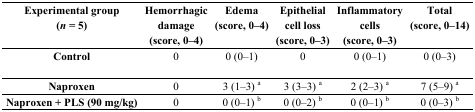
| Experimental group (n = 5) | Hemorrhagic damage (score, 0–4) | Edema (score, 0–4) | Epithelial cell loss (score, 0–3) | Inflammatory cells (score, 0–3) | Total (score, 0–14) |
 | --- | --- | --- | --- | --- | --- |
 | Control | 0 | 0 (0–1) | 0 | 0 (0–1) | 0 (0–3) |
 | Naproxen | 0 | 3 (1–3) a | 3 (3–3) a | 2 (2–3) a | 7 (5–9) a |
 | Naproxen + PLS (90 mg/kg) | 0 | 0 (0–1) b | 0 (0–2) b | 0 (0–1) b | 0 (0–3) b |